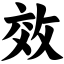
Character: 效